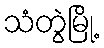
သံတွဲမြို့